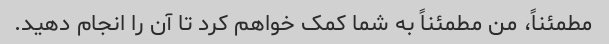
مطمئناً، من مطمئناً به شما کمک خواهم کرد تا آن را انجام دهید.